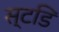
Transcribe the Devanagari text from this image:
स्टडि